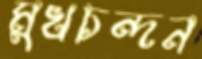
মুখচন্দন